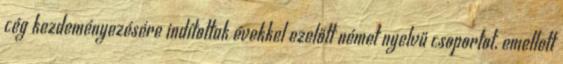
cég kezdeményezésére indítottak évekkel ezelőtt német nyelvű csoportot, emellett